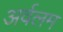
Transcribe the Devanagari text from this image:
अर्वलम